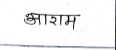
मजकूर: आराम